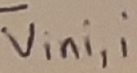
Text: Vini,i